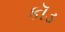
કૉડ